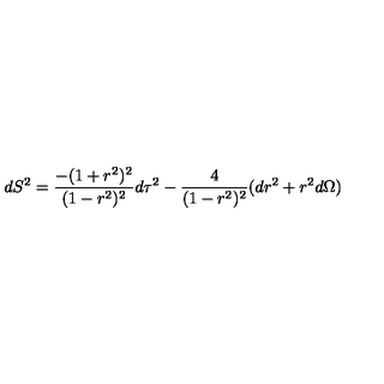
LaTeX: d S ^ { 2 } = { \frac { - ( 1 + r ^ { 2 } ) ^ { 2 } } { ( 1 - r ^ { 2 } ) ^ { 2 } } } d \tau ^ { 2 } - { \frac { 4 } { ( 1 - r ^ { 2 } ) ^ { 2 } } } ( d r ^ { 2 } + r ^ { 2 } d \Omega )